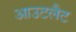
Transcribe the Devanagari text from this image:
आउटलैट